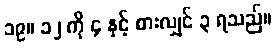
၁၉။ ၁၂ ကို ၄ နှင့် စားလျှင် ၃ ရသည်။